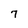
Character: 7